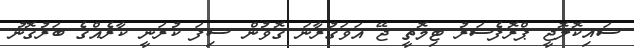
ސައިކޮލޮޖީ ޕްރޮފެސަރު ޓިމޮތީ ޖޭ އަވަގުރާނަ ގޮވުން ސިފަ ކުރަނީ ކާރެއްގެ ބަރުގޮނު